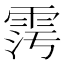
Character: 𩂧